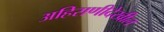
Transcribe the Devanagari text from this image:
अहिराणीदेखील